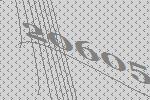
20605